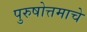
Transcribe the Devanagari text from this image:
पुरुषोत्तमाचे